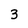
Character: 3